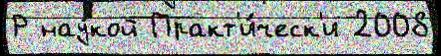
Р нау́кой Практ'и́ческ'и 2008